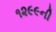
૧૨૯૯ની